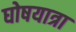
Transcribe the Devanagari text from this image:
घोषयात्रा